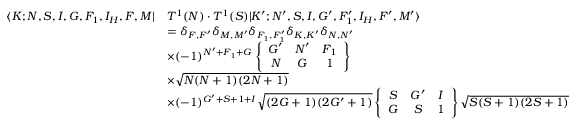
\begin{array} { r l } { \langle K ; N , S , I , G , F _ { 1 } , I _ { H } , F , M | } & { T ^ { 1 } ( N ) \cdot T ^ { 1 } ( S ) | K ^ { \prime } ; N ^ { \prime } , S , I , G ^ { \prime } , F _ { 1 } ^ { \prime } , I _ { H } , F ^ { \prime } , M ^ { \prime } \rangle } \\ & { = \delta _ { F , F ^ { \prime } } \delta _ { M , M ^ { \prime } } \delta _ { F _ { 1 } , F _ { 1 } ^ { \prime } } \delta _ { K , K ^ { \prime } } \delta _ { N , N ^ { \prime } } } \\ & { \times ( - 1 ) ^ { N ^ { \prime } + F _ { 1 } + G } \left\{ \begin{array} { c c c } { G ^ { \prime } } & { N ^ { \prime } } & { F _ { 1 } } \\ { N } & { G } & { 1 } \end{array} \right\} } \\ & { \times \sqrt { N ( N + 1 ) ( 2 N + 1 ) } } \\ & { \times ( - 1 ) ^ { G ^ { \prime } + S + 1 + I } \sqrt { ( 2 G + 1 ) ( 2 G ^ { \prime } + 1 ) } \left\{ \begin{array} { c c c } { S } & { G ^ { \prime } } & { I } \\ { G } & { S } & { 1 } \end{array} \right\} \sqrt { S ( S + 1 ) ( 2 S + 1 ) } } \end{array}